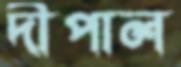
দীপাল